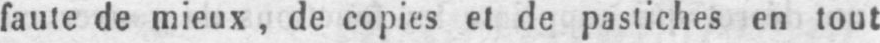
faute de mieux, de copies et de pastiches en tout